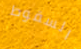
السقوط